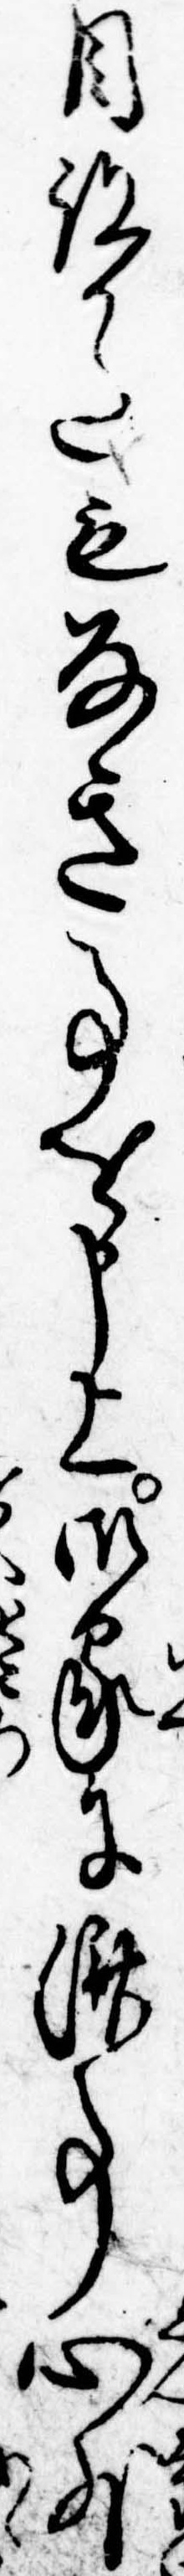
目跡かたもなき事を申上御家に済事心外